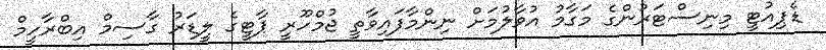
ޑެޕިއުޓީ މިނިސްޓަރުންގެ މަގާމު އުވާލުމަށް ނިންމާފައިވާތީ ޖުމްހޫރީ ޕާޓީގެ ލީޑަރު ގާސިމް އިބްރާހީމް